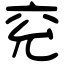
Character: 兖